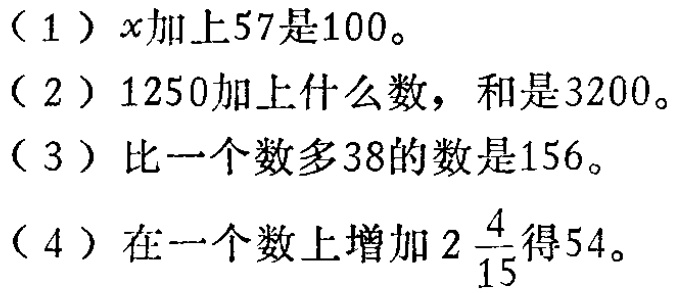
（1）\(x\)加上\(57\)是\(100\)。

（2）\(1250\)加上什么数，和是\(3200\)。

（3）比一个数多\(38\)的数是\(156\)。

（4）在一个数上增加\(2\frac{4}{15}\)得\(54\)。